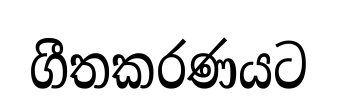
ගීතකරණයට